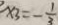
x 3 = - \frac { 1 } { 3 }